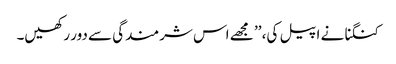
کنگنا نے اپیل کی، ’’ مجھے اس شرمندگی سے دور رکھیں۔